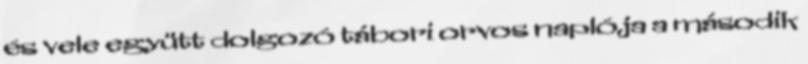
és vele együtt dolgozó tábori orvos naplója a második